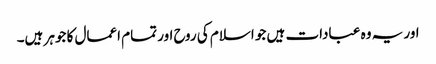
اور یہ وہ عبادات ہیں جو اسلام کی روح اور تمام اعمال کا جوہر ہیں۔